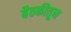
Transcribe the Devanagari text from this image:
बैठकीतून